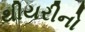
થીયરીનો